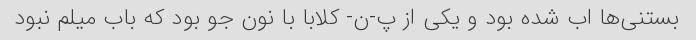
بستنی‌ها اب شده بود و یکی از پ-ن- کلابا با نون جو بود که باب میلم نبود